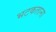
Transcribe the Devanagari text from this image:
भटकताना